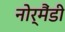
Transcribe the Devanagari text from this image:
नोर्मैंडी